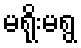
မရိုးမရွ